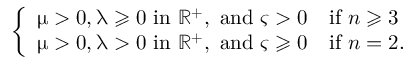
\left\{ \begin{array} { l l } { \upmu > 0 , \uplambda \geqslant 0 \mathrm { ~ i n ~ } \mathbb { R } ^ { + } , \mathrm { ~ a n d ~ } \varsigma > 0 } & { \mathrm { i f ~ } n \geqslant 3 } \\ { \upmu > 0 , \uplambda > 0 \mathrm { ~ i n ~ } \mathbb { R } ^ { + } , \mathrm { ~ a n d ~ } \varsigma \geqslant 0 } & { \mathrm { i f ~ } n = 2 . } \end{array} \right.